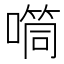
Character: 𪢉